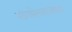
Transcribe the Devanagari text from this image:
संगमेश्वराजवळ